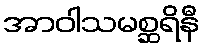
အာဝါသမစ္ဆရိနီ